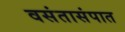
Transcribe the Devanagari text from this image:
वसंतासंपात